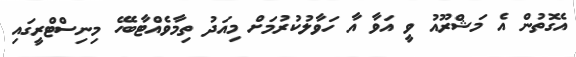
އެގޮތުން އެ މަޝްރޫއު ވީ އަވާ އާ ހަވާލުކުރުމަށް މިއަދު ތިމާވެއްޓާބެހޭ މިނިސްޓްރީގައި